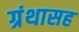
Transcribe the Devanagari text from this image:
ग्रंथासह